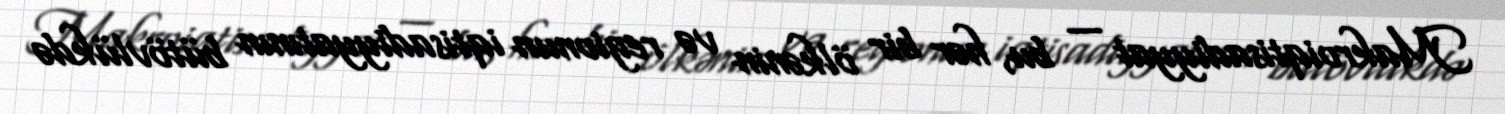
Makroiqtisadiyyat — bu, hər bir ölkənin və regionun iqtisadiyyatının bütövlükdə